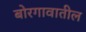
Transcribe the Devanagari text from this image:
बोरगावातील